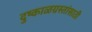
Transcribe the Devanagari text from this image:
दुष्काळग्रस्तांसाठी